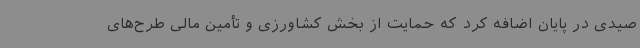
صیدی در پایان اضافه کرد که حمایت از بخش کشاورزی و تأمین مالی طرح‌های